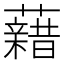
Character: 𧃫